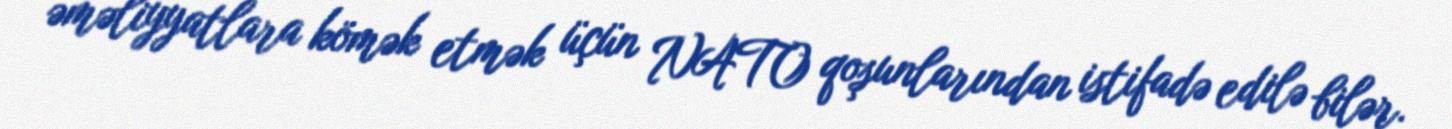
əməliyyatlara kömək etmək üçün NATO qoşunlarından istifadə edilə bilər.